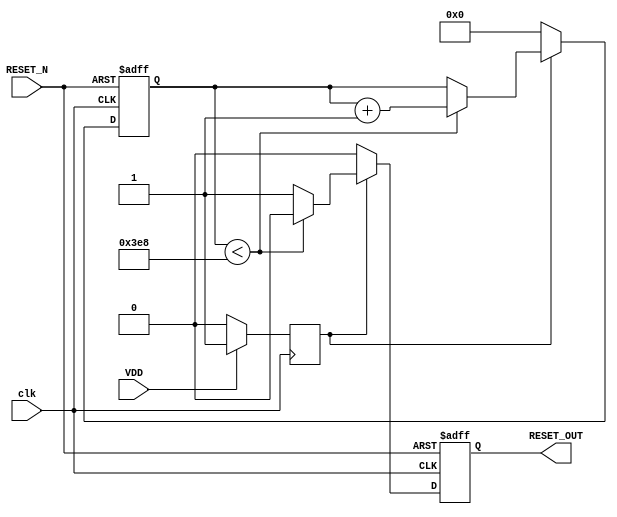
module PowerOnReset #(
    parameter RESET_DURATION = 1000 // Duration of reset in clock cycles
)(
    input wire VDD,          // Power supply signal
    input wire RESET_N,      // Active low reset input
    input wire clk,          // Clock signal
    output reg RESET_OUT     // Reset output signal
);

    reg [31:0] counter;      // Counter for reset duration
    reg power_on;           // Indicates if power is stable

    // Detect power-on condition
    always @(posedge clk) begin
        if (VDD) begin
            power_on <= 1'b1; // Power is stable
        end else begin
            power_on <= 1'b0; // Power is not stable
        end
    end

    // Generate RESET_OUT signal
    always @(posedge clk or negedge RESET_N) begin
        if (!RESET_N) begin
            RESET_OUT <= 1'b0; // Assert reset when RESET_N is low
            counter <= 0;       // Reset counter
        end else if (power_on) begin
            if (counter < RESET_DURATION) begin
                RESET_OUT <= 1'b0; // Keep RESET_OUT low during reset duration
                counter <= counter + 1; // Increment counter
            end else begin
                RESET_OUT <= 1'b1; // Deassert RESET_OUT after duration
            end
        end else begin
            RESET_OUT <= 1'b0; // Keep RESET_OUT low if power is not stable
            counter <= 0;       // Reset counter
        end
    end

endmodule